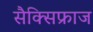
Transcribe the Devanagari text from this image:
सैक्सिफ्राज